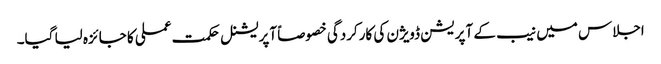
اجلاس میں نیب کے آپریشن ڈویژن کی کارکردگی خصوصاً آپریشنل حکمت عملی کا جائزہ لیا گیا۔